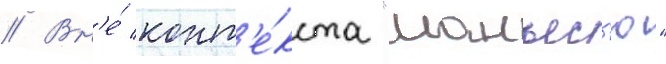
// Вн'е́ конт'е́кста "манъес'ю"